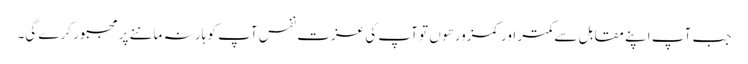
جب آپ اپنے مقابل سے کمتر اور کمزور هوں تو آپ کی عزت نفس آپ کو ہار نہ ماننے پر مجبور کرے گی۔